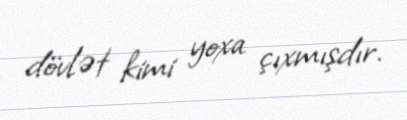
dövlət kimi yoxa çıxmışdır.